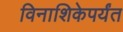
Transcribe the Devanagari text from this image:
विनाशिकेपर्यंत